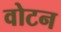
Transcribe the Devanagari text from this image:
वोटन